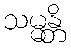
သမ္မန္တိ